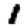
Digit: 1